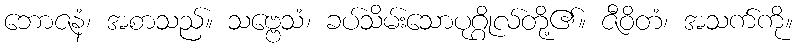
ဘောဇနံ၊ အစာသည်။ သဗ္ဗေသံ၊ ခပ်သိမ်းသောပုဂ္ဂိုလ်တို့၏။ ဇီဝိတံ၊ အသက်ကို။